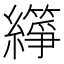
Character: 𬘈